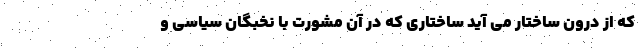
که از درون ساختار می آید ساختاری که در آن مشورت با نخبگان سیاسی و